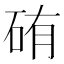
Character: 𥑿